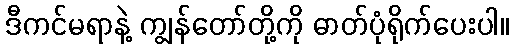
ဒီကင်မရာနဲ့ ကျွန်တော်တို့ကို ဓာတ်ပုံရိုက်ပေးပါ။